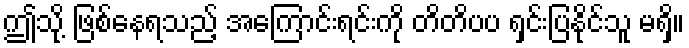
ဤသို့ ဖြစ်နေရသည့် အကြောင်းရင်းကို တိတိပပ ရှင်းပြနိုင်သူ မရှိ။